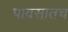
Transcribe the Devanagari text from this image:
पावसातच